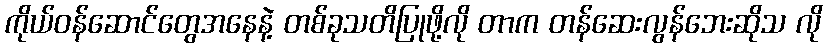
ကိုယ်ဝန်ဆောင်တွေအနေနဲ့ တစ်ခုသတိပြုဖို့လို တာက တန်ဆေးလွန်ဘေးဆိုသ လို